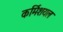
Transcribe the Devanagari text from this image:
कर्मिशयल